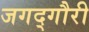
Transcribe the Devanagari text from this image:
जगद्‌गौरी